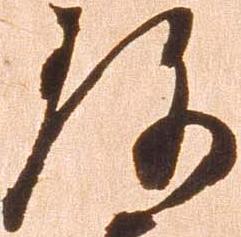
珍